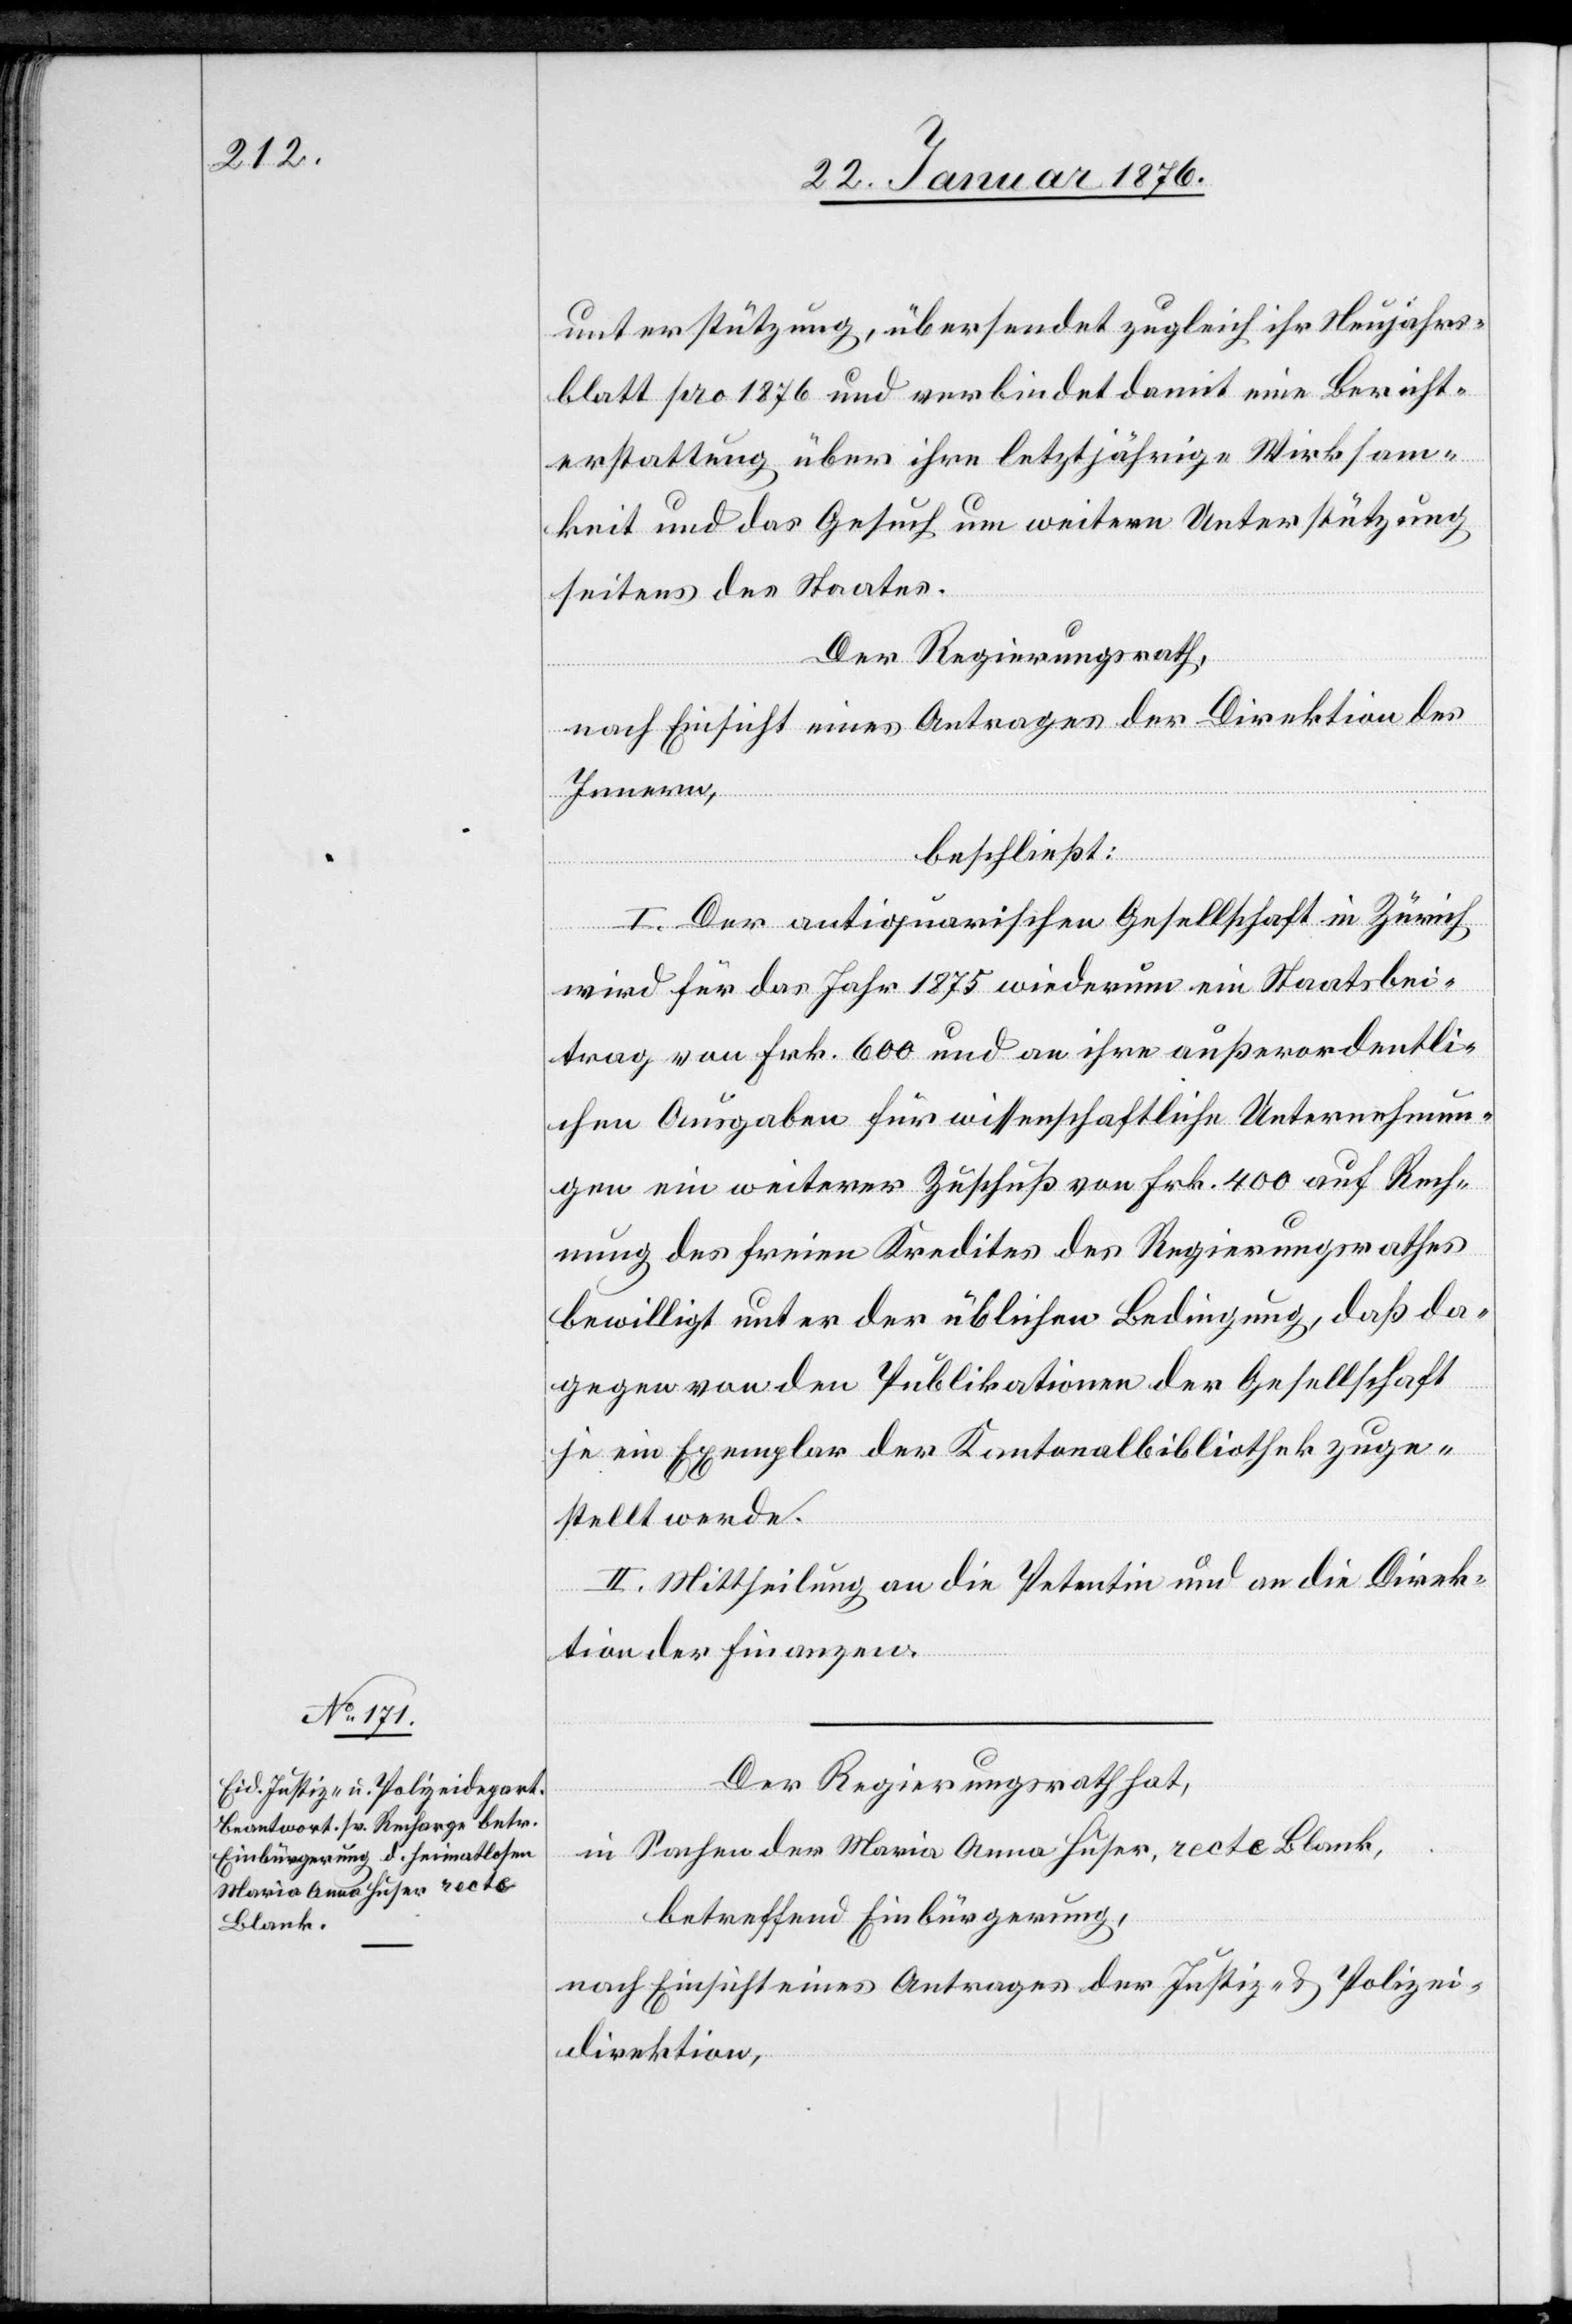
unterstützung, übersendet zugleich ihr Neujahrs¬
blatt pro 1876 und verbindet damit eine Bericht¬
erstattung über ihre letztjährige Wirksam¬
keit und das Gesuch um weitere Unterstützung
seitens des Staates.
Der Regierungsrath,
nach Einsicht eines Antrages der Direktion des
Innern,
beschließt:
I. Der antiquarischen Gesellschaft in Zürich
wird für das Jahr 1875 wiederum ein Staatsbei¬
trag von Frk. 600 und an ihre außerordentli¬
chen Ausgaben für wissenschaftliche Unternehmun¬
gen ein weiterer Zuschuß von Frk. 400 auf Rech¬
nung des freien Kredites des Regierungsrathes
bewilligt unter der üblichen Bedingung, daß da¬
gegen von den Publikationen der Gesellschaft
je ein Exemplar der Kantonalbibliothek zuge¬
stellt werde.
II. Mittheilung an die Petentin und die Direk¬
tion der Finanzen.
Der Regierungsrath hat,
in Sachen der Maria Anna Huser, recte Blank,
betreffend Einbürgerung,
nach Einsicht eines Antrages der Justiz- u. Polizei¬
direktion,